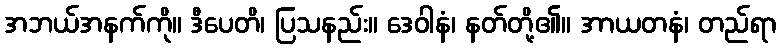
အဘယ်အနက်ကို။ ဒီပေတိ၊ ပြသနည်း။ ဒေဝါနံ၊ နတ်တို့၏။ အာယတနံ၊ တည်ရာ